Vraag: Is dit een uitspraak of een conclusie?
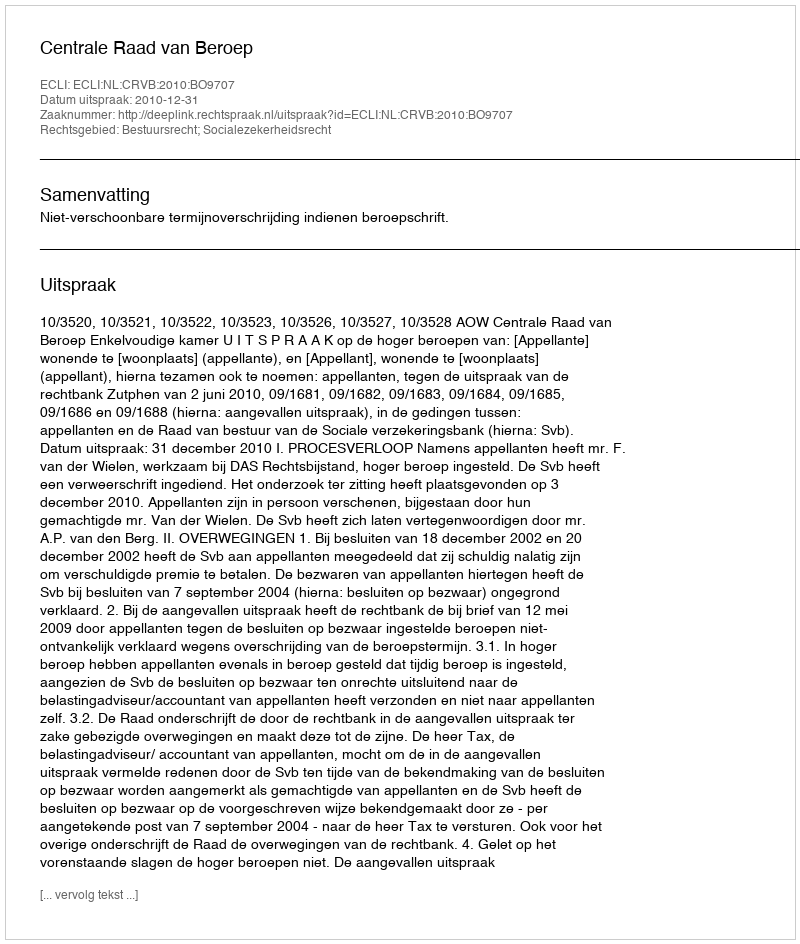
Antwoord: Uitspraak